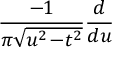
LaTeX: { \frac { - 1 } { \pi { \sqrt { u ^ { 2 } \! - \! t ^ { 2 } } } } } { \frac { d } { d u } }